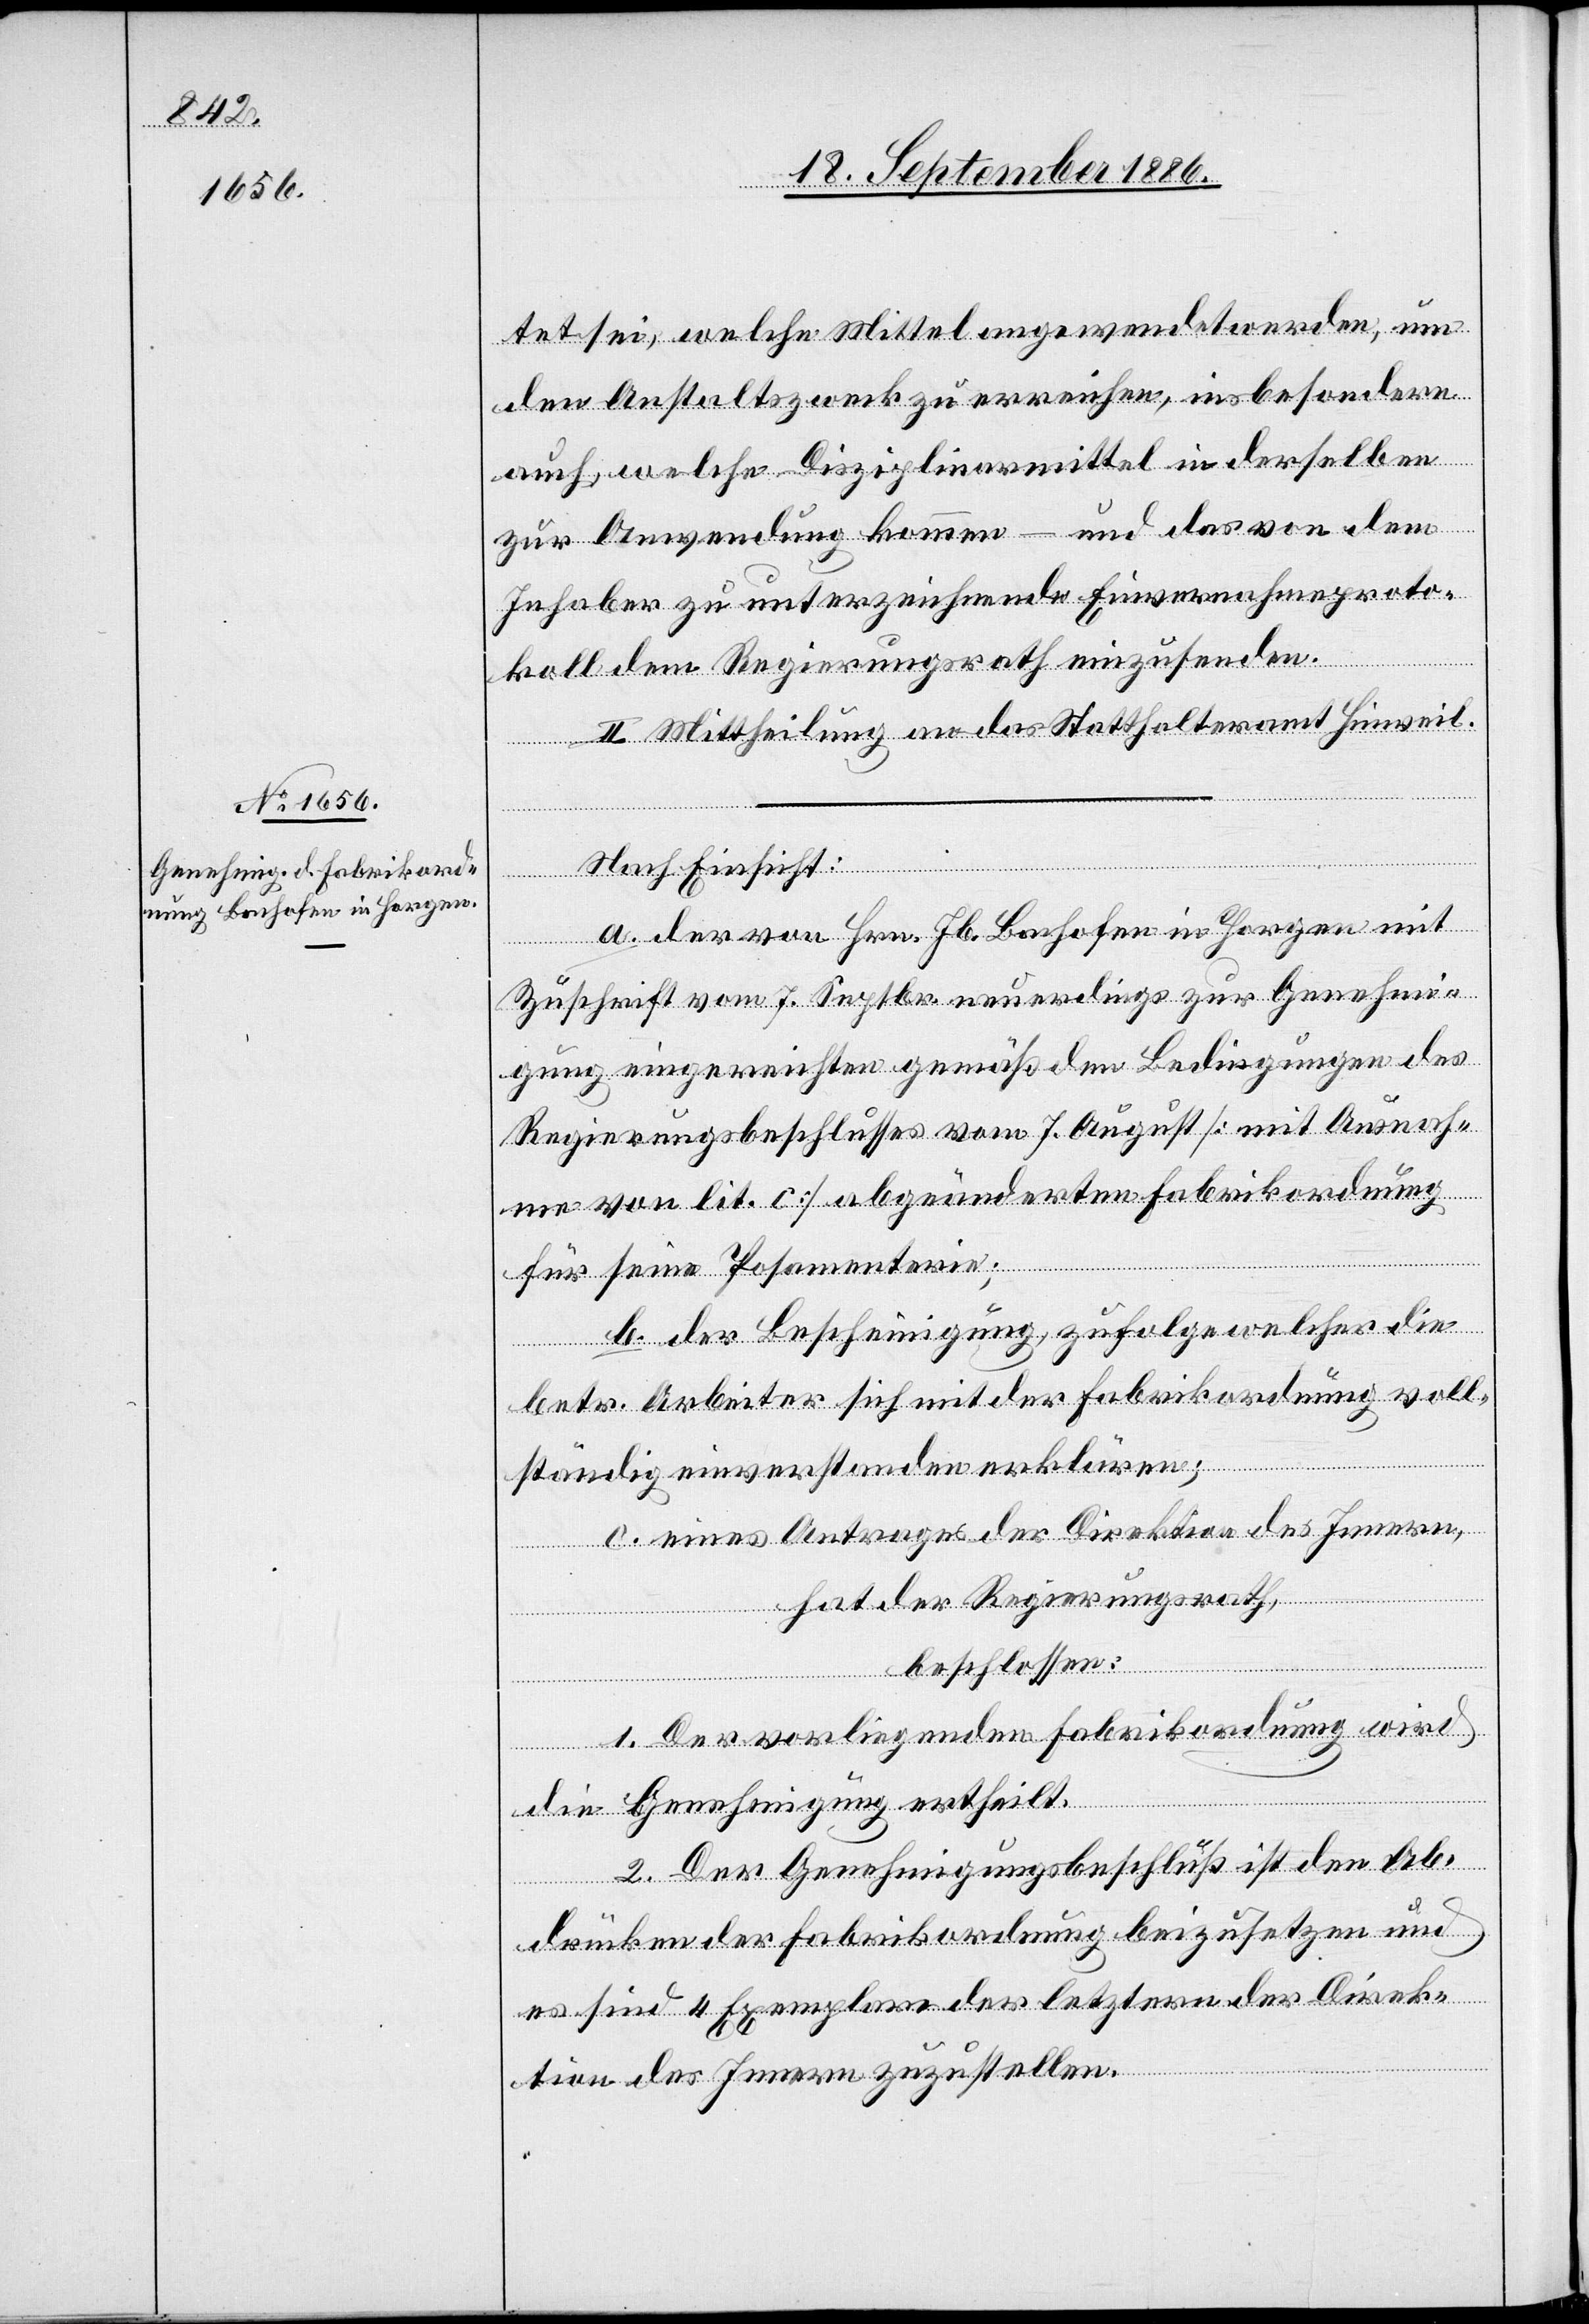
tet sei, welche Mittel angewendet werden, um
den Anstaltszweck zu erreichen, insbesondere
auch, welche Disziplinmittel in derselben
zur Anwendung kommen – und das von dem
Inhaber zu unterzeichnende Einvernahmeproto¬
koll dem Regierungsrath einzusenden.
II. Mittheilung an das Statthalteramt Hinweil.
Nach Einsicht:
a. der von Hrn. Jb. Bachofen in Horgen mit
Zuschrift vom 7. Septbr. neuerdings zur Genehmi¬
gung eingereichten gemäß den Bedingungen des
Regierungsbeschlusses vom 7. August [mit Ausnah¬
me von lit. c] abgeänderten Fabrikordnung
für seine Posamenterie;
b. der Bescheinigung, zufolge welcher die
betr. Arbeiter sich mit der Fabrikordnung voll¬
ständig einverstanden erklären;
c. eines Antrages der Direktion des Innern,
hat der Regierungsrath,
beschlossen:
1. Der vorliegenden Fabrikordnung wird
die Genehmigung ertheilt.
2. Der Genehmigungsbeschluß ist den Ab¬
drücken der Fabrikordnung beizusetzen und
es sind 4 Exemplare der letztern der Direk¬
tion des Innern zuzustellen.